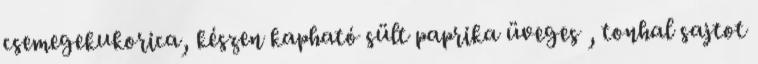
csemegekukorica, készen kapható sült paprika üveges , tonhal sajtot